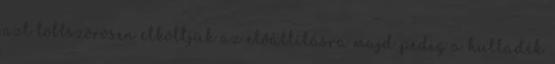
azt többszörösen elköltjük az előállításra majd pedig a hulladék